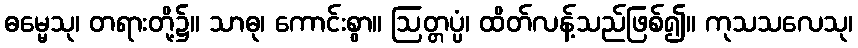
ဓမ္မေသု၊ တရားတို့၌။ သာဓု၊ ကောင်းစွာ။ ဩတ္တပ္ပံ၊ ထိတ်လန့်သည်ဖြစ်၍။ ကုသသလေသု၊